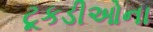
ટૂકડીઓના